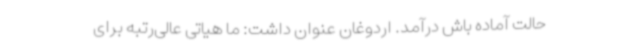
حالت آماده باش درآمد. اردوغان عنوان داشت: ما هیاتی عالی‌رتبه برای